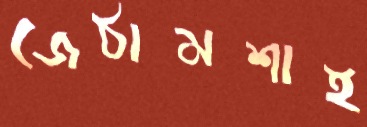
জেঠামশাই